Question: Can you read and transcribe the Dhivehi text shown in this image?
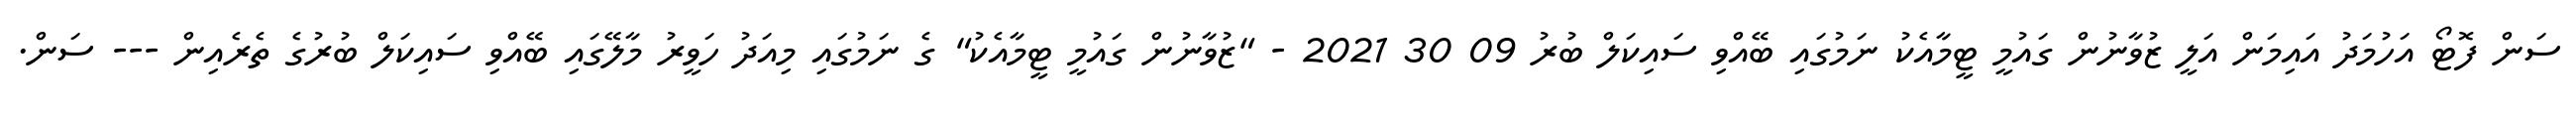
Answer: ސަން ފޮޓޯ އަހުމަދު އައިމަން އަލީ ޒުވާނުން ގައުމީ ޓީމާއެކު ނަމުގައި ބޭއްވި ސައިކަލް ބުރު 09 30 2021 - "ޒުވާނުން ގައުމީ ޓީމާއެކު" ގެ ނަމުގައި މިއަދު ހަވީރު މާލޭގައި ބޭއްވި ސައިކަލް ބުރުގެ ތެރެއިން --- ސަން.